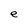
Character: e